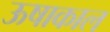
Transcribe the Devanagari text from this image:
ऊषाकाल